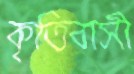
কৃত্তিবাসী